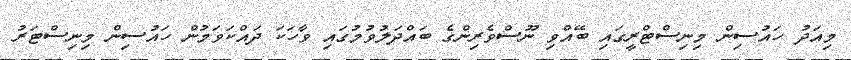
މިއަދު ހައުސިން މިނިސްޓްރީގައި ބޭއްވި ނޫސްވެރިންގެ ބައްދަލުވުމުގައި ވާހަކަ ދައްކަވަމުން ހައުސިން މިނިސްޓަރު